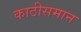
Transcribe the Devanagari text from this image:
काठीसमान